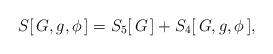
LaTeX: \begin{align*}S[\,G,g,\phi\,]=S_5[\,G\,] + S_4[\,G,g,\phi\,], \end{align*}